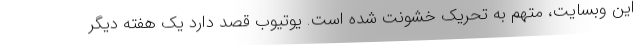
این وبسایت، متهم به تحریک خشونت شده است. یوتیوب قصد دارد یک هفته دیگر